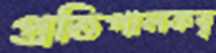
প্রতিপালকত্ব